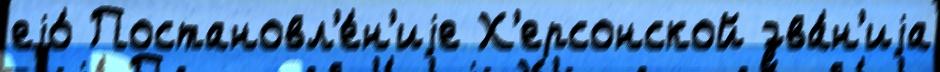
еjо́ Постановл'е́н'иjе Х'ерсонской зва́н'иjа